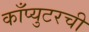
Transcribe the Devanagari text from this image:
काँप्युटरची